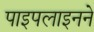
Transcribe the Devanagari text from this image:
पाइपलाइनने